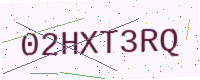
Text: 02HXT3RQ